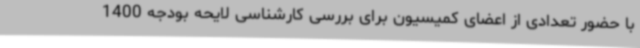
با حضور تعدادی از اعضای کمیسیون برای بررسی کارشناسی لایحه بودجه 1400